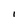
Character: I